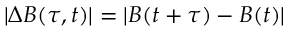
| \Delta B ( \tau , t ) | = | B ( t + \tau ) - B ( t ) |